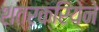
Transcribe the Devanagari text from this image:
शत्रक्रियेने